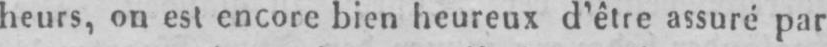
heurs, on est encore bien heureux d’être assuré par